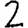
Digit: 2